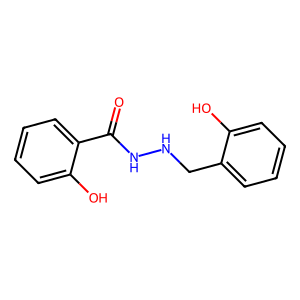
SMILES: O=C(NNCc1ccccc1O)c1ccccc1O
Inhibits HIV replication: No